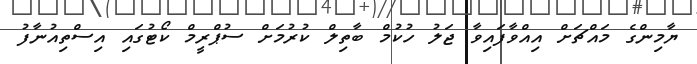
ޔާމިންގެ މައްޗަށް އިއްވާފައިވާ ޖަލު ހުކުމް ބާތިލް ކުރުމަށް ސުޕްރީމް ކޯޓުގައި އިސްތިއުނާފު